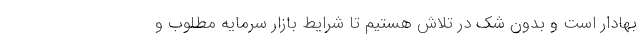
بهادار است و بدون شک در تلاش هستیم تا شرایط بازار سرمایه مطلوب و